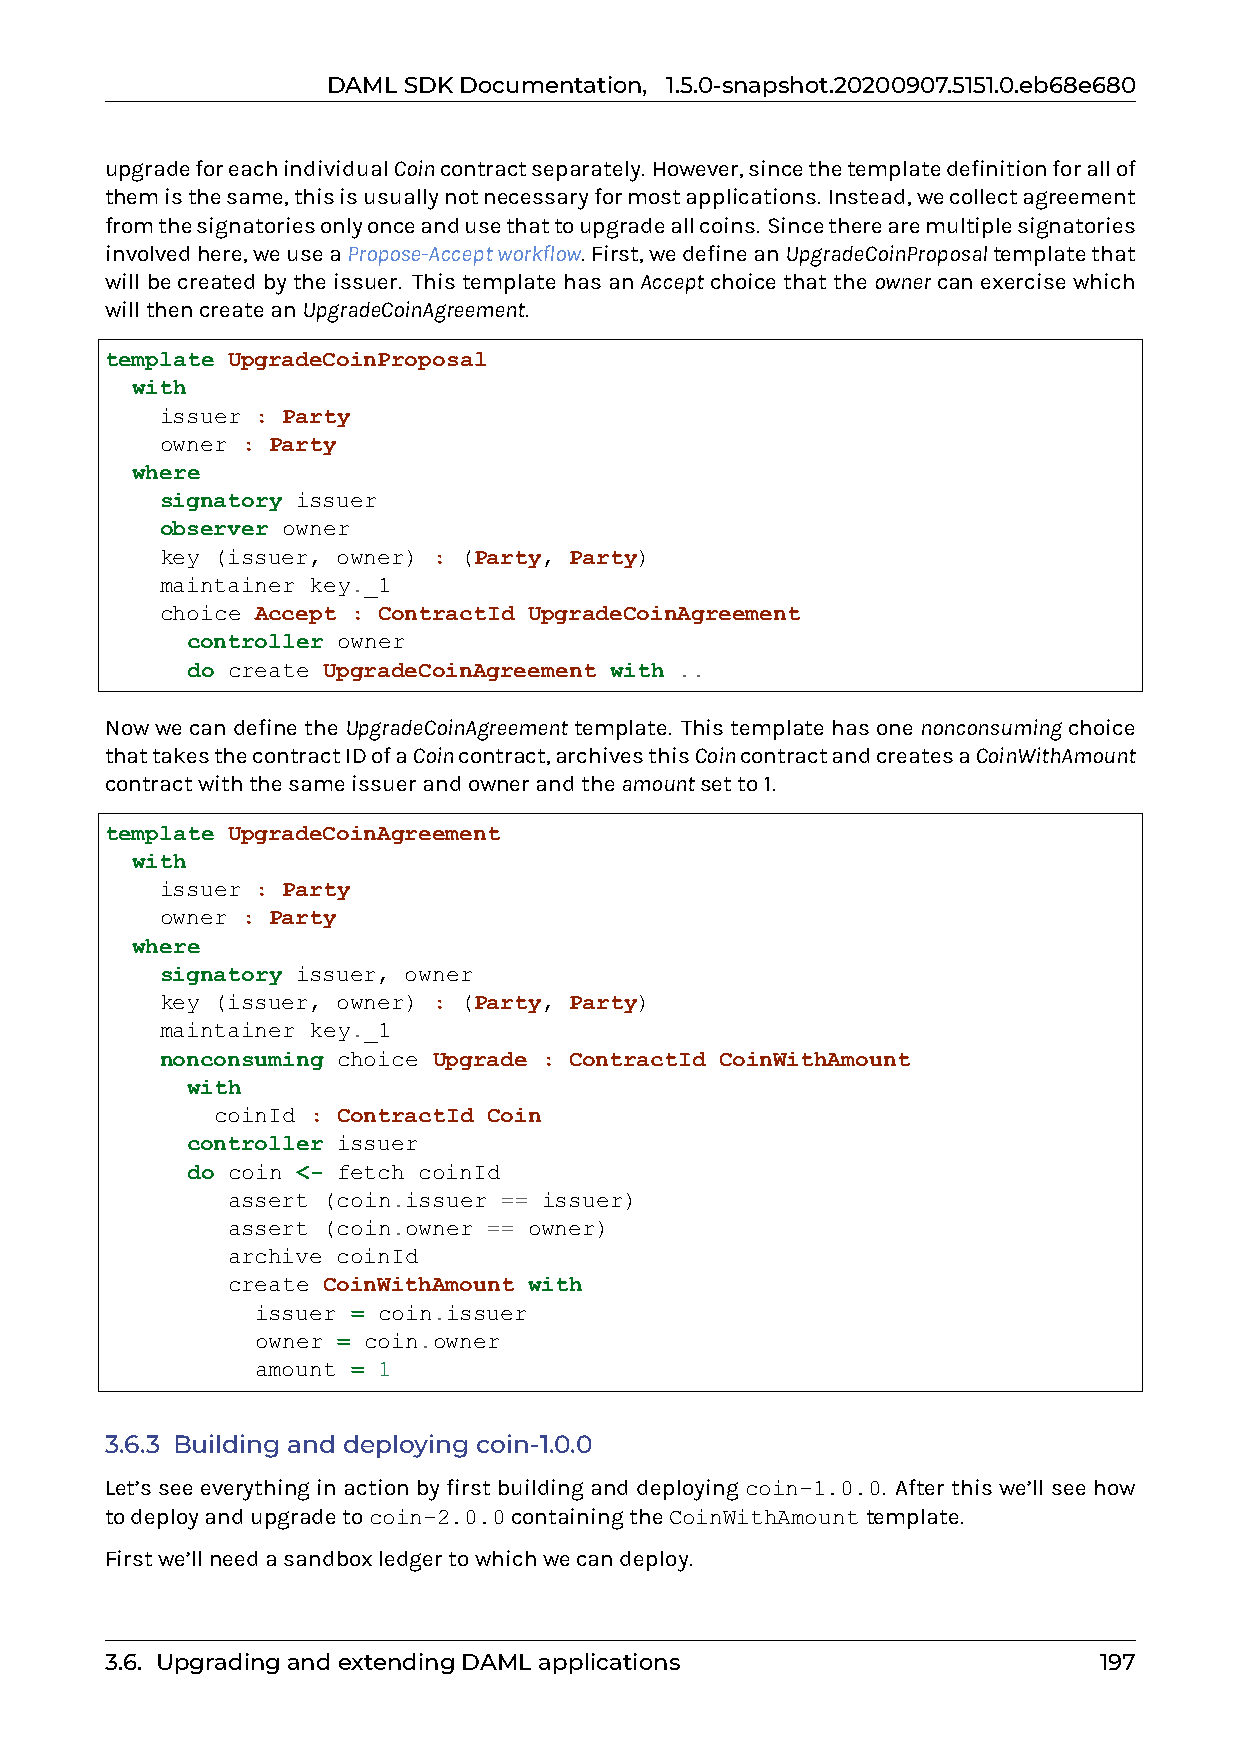
DAMLSDKDocumentation, 1.5.0-snapshot.20200907.5151.0.eb68e680
 upgradeforeachindividualCoincontractseparately. However,sincethetemplatedefinitionforallof
 themisthesame,thisisusuallynotnecessaryformostapplications. Instead,wecollectagreement
 fromthesignatoriesonlyonceandusethattoupgradeallcoins. Sincetherearemultiplesignatories
 involvedhere,weuseaPropose-Acceptworkflow. First,wedefineanUpgradeCoinProposaltemplatethat
 willbecreatedbytheissuer. ThistemplatehasanAcceptchoicethattheownercanexercisewhich
 willthencreateanUpgradeCoinAgreement.
 template UpgradeCoinProposal
 with
 issuer : Party
 owner : Party
 where
 signatory issuer
 observer owner
 key (issuer, owner) : (Party, Party)
 maintainer key._1
 choice Accept : ContractId UpgradeCoinAgreement
 controller owner
 do create UpgradeCoinAgreement with ..
 NowwecandefinetheUpgradeCoinAgreementtemplate. Thistemplatehasonenonconsumingchoice
 thattakesthecontractIDofaCoincontract,archivesthisCoincontractandcreatesaCoinWithAmount
 contractwiththesameissuerandownerandtheamountsetto1.
 template UpgradeCoinAgreement
 with
 issuer : Party
 owner : Party
 where
 signatory issuer, owner
 key (issuer, owner) : (Party, Party)
 maintainer key._1
 nonconsuming choice Upgrade : ContractId CoinWithAmount
 with
 coinId : ContractId Coin
 controller issuer
 do coin <- fetch coinId
 assert (coin.issuer == issuer)
 assert (coin.owner == owner)
 archive coinId
 create CoinWithAmount with
 issuer = coin.issuer
 owner = coin.owner
 amount = 1
 3.6.3 Building and deploying coin-1.0.0
 Let’s see everything in action by first building and deploying coin-1.0.0. After this we’ll see how
 todeployandupgradetocoin-2.0.0containingtheCoinWithAmounttemplate.
 Firstwe’llneedasandboxledgertowhichwecandeploy.
 3.6. UpgradingandextendingDAMLapplications                        197